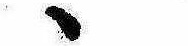
ゝ